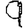
Digit: 9